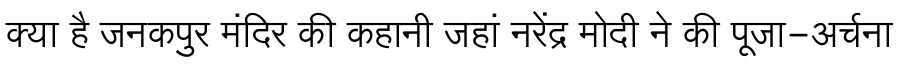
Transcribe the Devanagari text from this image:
क्या है जनकपुर मंदिर की कहानी जहां नरेंद्र मोदी ने की पूजा-अर्चना